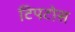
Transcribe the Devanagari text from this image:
टिपटोस